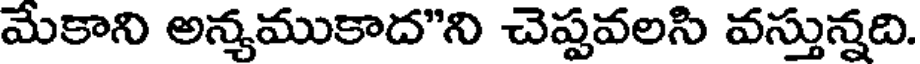
మేకాని అన్యముకాద"ని చెప్పవలసి వస్తున్నది.